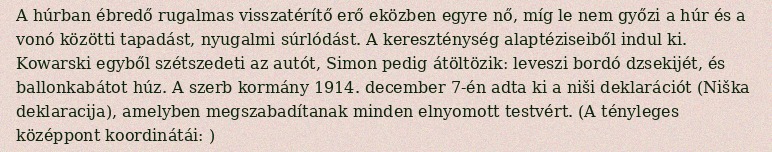
A húrban ébredő rugalmas visszatérítő erő eközben egyre nő, míg le nem győzi a húr és a vonó közötti tapadást, nyugalmi súrlódást. A kereszténység alaptéziseiből indul ki. Kowarski egyből szétszedeti az autót, Simon pedig átöltözik: leveszi bordó dzsekijét, és ballonkabátot húz. A szerb kormány 1914. december 7-én adta ki a niši deklarációt (Niška deklaracija), amelyben megszabadítanak minden elnyomott testvért. (A tényleges középpont koordinátái: )